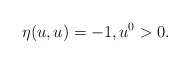
\begin{align*} \eta(u,u)=-1, u^0>0.\end{align*}